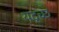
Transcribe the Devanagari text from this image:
यदृच्छ